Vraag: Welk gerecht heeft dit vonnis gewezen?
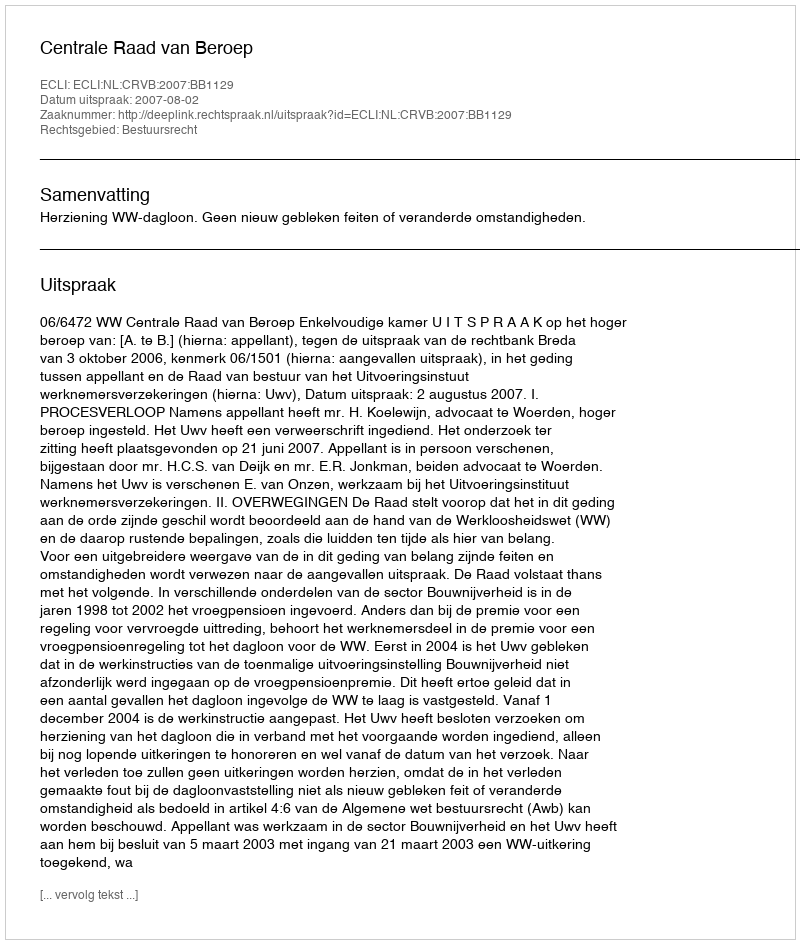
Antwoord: Centrale Raad van Beroep